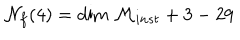
{ \cal N } _ { f } ( 4 ) = \mathrm { d i m } \ { \cal M } _ { i n s t } + 3 - 2 9